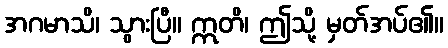
အဂမာသိ၊ သွားပြီ။ ဣတိ၊ ဤသို့ မှတ်အပ်၏။